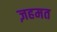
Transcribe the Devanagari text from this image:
ज़हमत